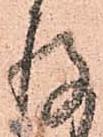
存